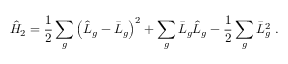
\hat { H } _ { 2 } = \frac { 1 } { 2 } \sum _ { g } \left( \hat { L } _ { g } - \bar { L } _ { g } \right) ^ { 2 } + \sum _ { g } \bar { L } _ { g } \hat { L } _ { g } - \frac { 1 } { 2 } \sum _ { g } \bar { L } _ { g } ^ { 2 } ~ .